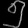
Digit: ၅